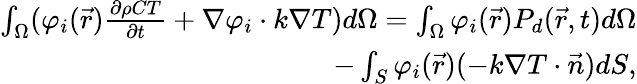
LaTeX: \begin{array}{r}{\int_{\Omega}(\varphi_{i}(\vec{r})\frac{\partial\rho CT}{\partial t}+\nabla\varphi_{i}\cdot k\nabla T)d\Omega=\int_{\Omega}\varphi_{i}(\vec{r})P_{d}(\vec{r},t)d\Omega}\\ {-\int_{S}\varphi_{i}(\vec{r})(-k\nabla T\cdot\vec{n})dS,}\end{array}